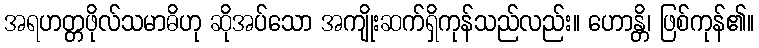
အရဟတ္တဖိုလ်သမာဓိဟု ဆိုအပ်သော အကျိုးဆက်ရှိကုန်သည်လည်း။ ဟောန္တိ၊ ဖြစ်ကုန်၏။